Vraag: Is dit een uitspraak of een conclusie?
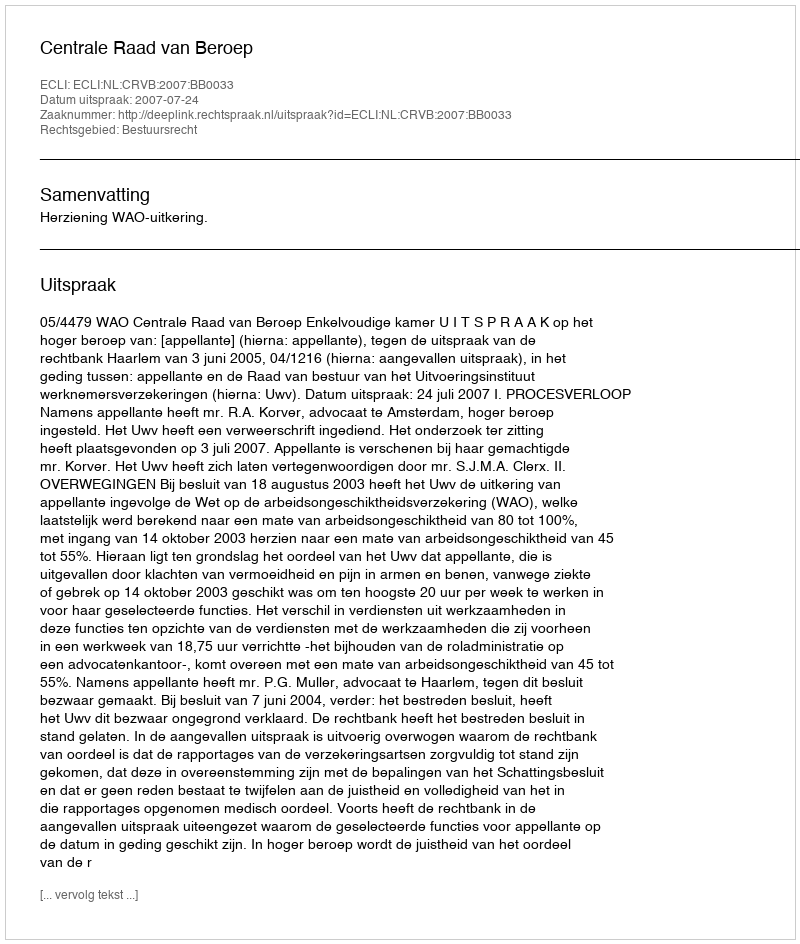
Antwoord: Uitspraak